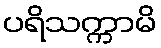
ပရိသက္ကာမိ